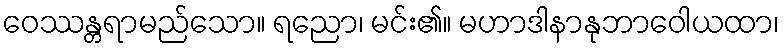
ဝေဿန္တရာမည်သော။ ရညော၊ မင်း၏။ မဟာဒါနာနုဘာဝေါယထာ၊